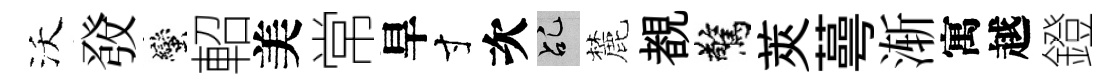
沃𤼲蠻軺美常旱寸次乩麓覩驚莢蕚渐寓越鐙